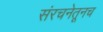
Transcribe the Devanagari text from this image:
संरचनेतूनच